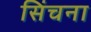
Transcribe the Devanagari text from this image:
सिंचना